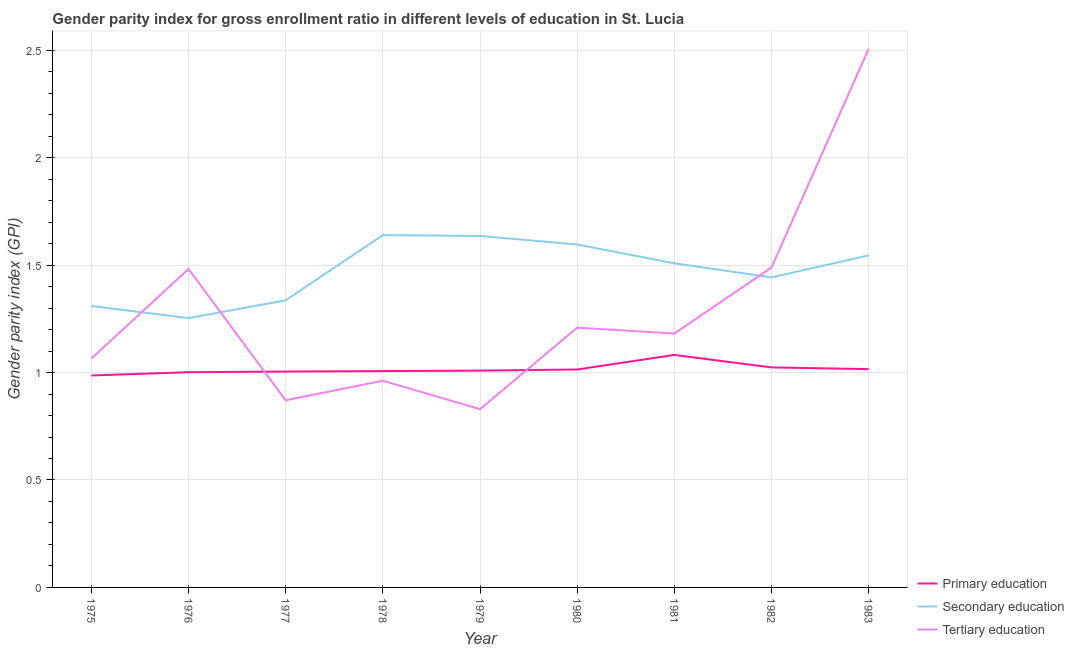
| Year | Primary education | Secondary education | Tertiary education |
 | --- | --- | --- | --- |
 | 1975 | 0.986 | 1.31 | 1.06 |
 | 1976 | 1 | 1.25 | 1.48 |
 | 1977 | 1 | 1.34 | 0.871 |
 | 1978 | 1.01 | 1.64 | 0.962 |
 | 1979 | 1.01 | 1.64 | 0.83 |
 | 1980 | 1.01 | 1.6 | 1.21 |
 | 1981 | 1.08 | 1.51 | 1.18 |
 | 1982 | 1.02 | 1.44 | 1.49 |
 | 1983 | 1.02 | 1.55 | 2.51 |